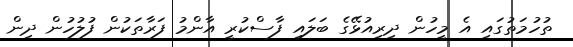
ތުހުމަތުގައި އެ މީހުން ދިރިއުޅޭގެ ބަލައި ފާސްކުރީ އާންމު ފަރާތަކުން ފުލުހުން ދިން